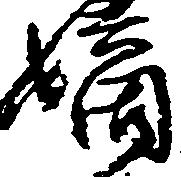
嫡